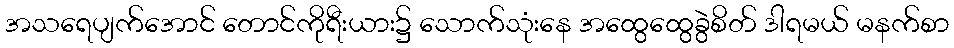
အသရေပျက်အောင် တောင်ကိုရီးယား၌ သောက်သုံးနေ အထွေထွေခွဲစိတ် ဒါရမယ် မနက်စာ